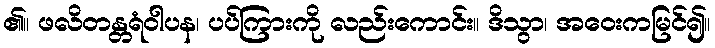
၏။ ဖလိတန္တရံဝါပန၊ ပပ်ကြားကို လည်းကောင်း။ ဒိသွာ၊ အဝေးကမြင်၍။